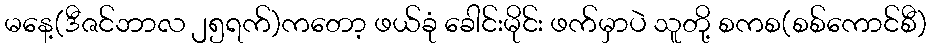
မနေ့(ဒီဇင်ဘာလ ၂၅ရက်)ကတော့ ဖယ်ခုံ ခေါင်းမိုင်း ဖက်မှာပဲ သူတို့ စကစ(စစ်ကောင်စီ)